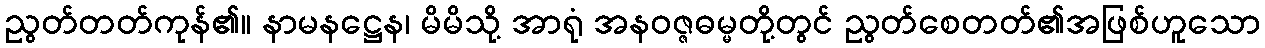
ညွတ်တတ်ကုန်၏။ နာမနဋ္ဌေန၊ မိမိသို့ အာရုံ အနဝဇ္ဇဓမ္မတို့တွင် ညွတ်စေတတ်၏အဖြစ်ဟူသော